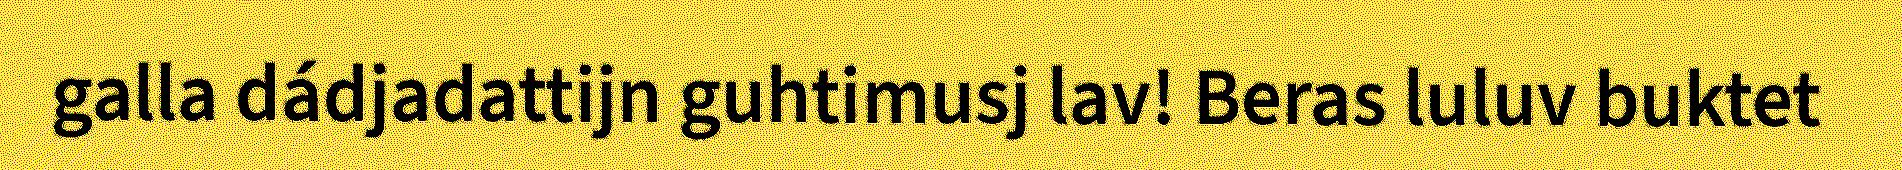
galla dádjadattijn guhtimusj lav! Beras luluv buktet